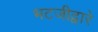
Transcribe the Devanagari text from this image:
भटजीद्वारे